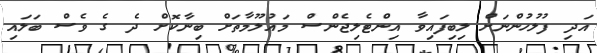
އަދި ފުލުހުންނަށް ލިބިފައިވާ އިންޓެލިޖެންސް މައުލޫމާތަށް ބިނާކޮށް ދެ ގެ ވެސް ބަލައި